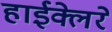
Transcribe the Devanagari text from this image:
हाईक्लेरे